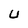
Character: U